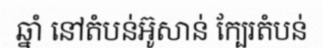
ឆ្នាំ នៅតំបន់អ៊ូសាន់ ក្បែរតំបន់